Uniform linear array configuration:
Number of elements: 32
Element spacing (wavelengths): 1
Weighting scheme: hamming
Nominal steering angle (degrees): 60
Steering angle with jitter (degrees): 58.307
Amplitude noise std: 0.05
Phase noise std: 0.05

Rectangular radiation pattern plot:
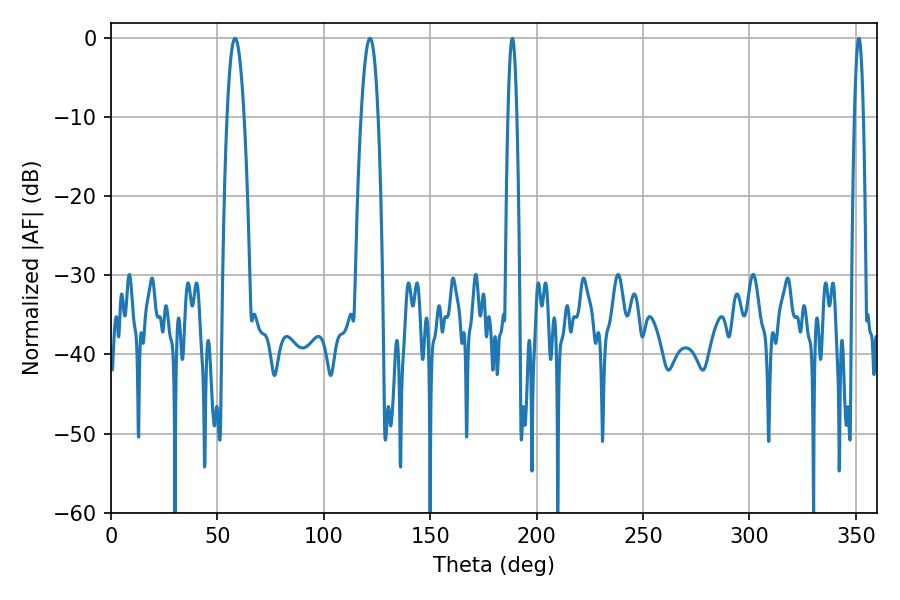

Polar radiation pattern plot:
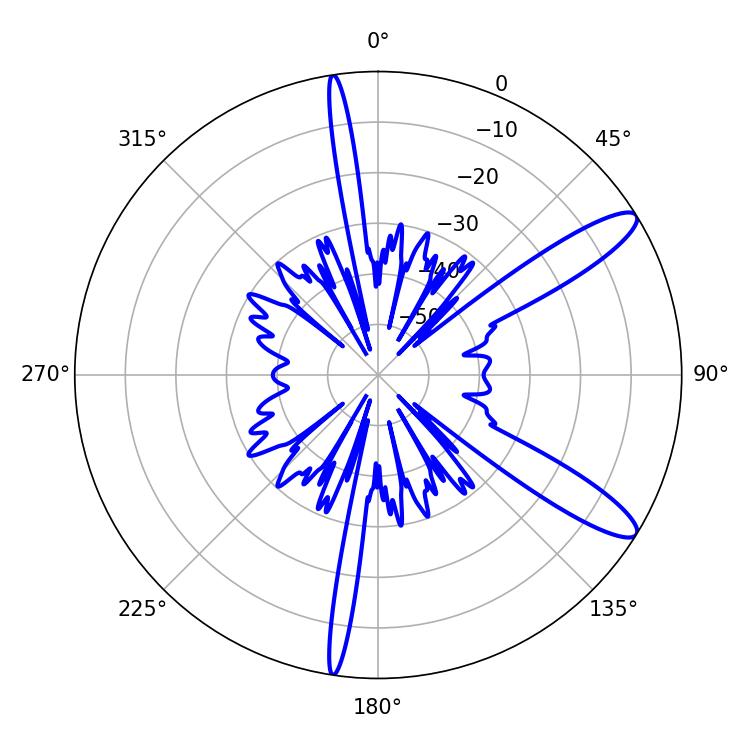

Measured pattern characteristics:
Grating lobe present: TRUE
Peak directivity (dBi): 11.921
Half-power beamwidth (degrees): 4.32
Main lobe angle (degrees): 58.32